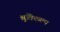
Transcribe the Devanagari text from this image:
श्रुतिकल्प